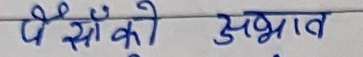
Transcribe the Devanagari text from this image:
पैसों के अभाव